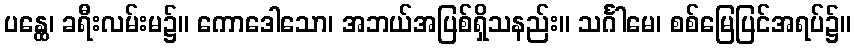
ပန္ထေ၊ ခရီးလမ်းမ၌။ ကောဒေါသော၊ အဘယ်အပြစ်ရှိသနည်း။ သင်္ဂါမေ၊ စစ်မြေပြင်အရပ်၌။